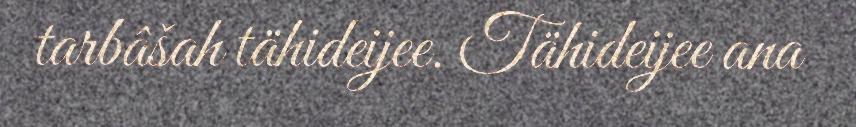
tarbâšah tähideijee. Tähideijee ana